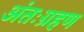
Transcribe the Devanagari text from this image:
अंतःग्रहण